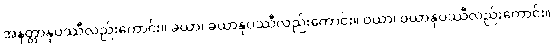
အနတ္တာနုပဿီလည်းကောင်း။ ခယာ၊ ခယာနုပဿီလည်းကောင်း။ ဝယာ၊ ဝယာနုပဿီလည်းကောင်း။